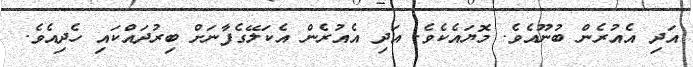
އަދި އެއުރެން ބުނޫއެވެ. މޮޔައެކެވެ. އަދި އެއުރެން އެކަލޭގެފާނަށް ބިރުދައްކައި ހެދިއެވެ.